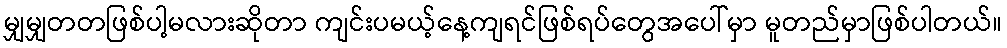
မျှမျှတတဖြစ်ပါ့မလားဆိုတာ ကျင်းပမယ့်နေ့ကျရင်ဖြစ်ရပ်တွေအပေါ်မှာ မူတည်မှာဖြစ်ပါတယ်။